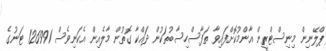
ޕްލޭނިން މިނިސްޓްރީން އާންމުކޮށްފައިވާ ތަފާސްހިސާބުތަކުން ދައްކާ ގޮތުން މާލެއިން އެކަނިވެސް 126991 ޓަނުގެ